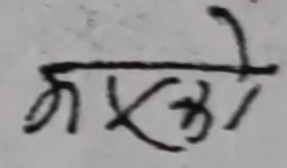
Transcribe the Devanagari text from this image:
मएको